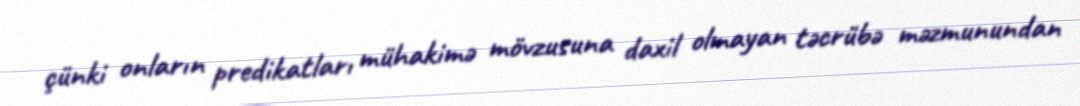
çünki onların predikatları mühakimə mövzusuna daxil olmayan təcrübə məzmunundan